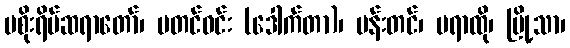
မစိုးရိမ်ဆရာတော်၊ မတင်ဝင်း (ဒေါက်တာ)၊ မန်းတင်၊ မရာထို၊ မြို့သာ၊